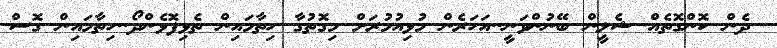
ދެން ކޮންގޮތެއް ޝެލީން ބޭނުންވަނީ..އަހަރެން މުޅިއުމުރަށް މިގޮތުގާ ހިތާމައިން ތެޅިފޮޅެންދޯ..ހިތާމައިން ގޮސް